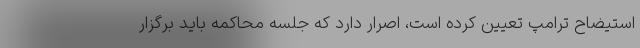
استیضاح ترامپ تعیین کرده است، اصرار دارد که جلسه محاکمه باید برگزار